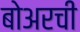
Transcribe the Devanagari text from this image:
बोअरची